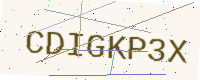
Text: CDIGKP3X